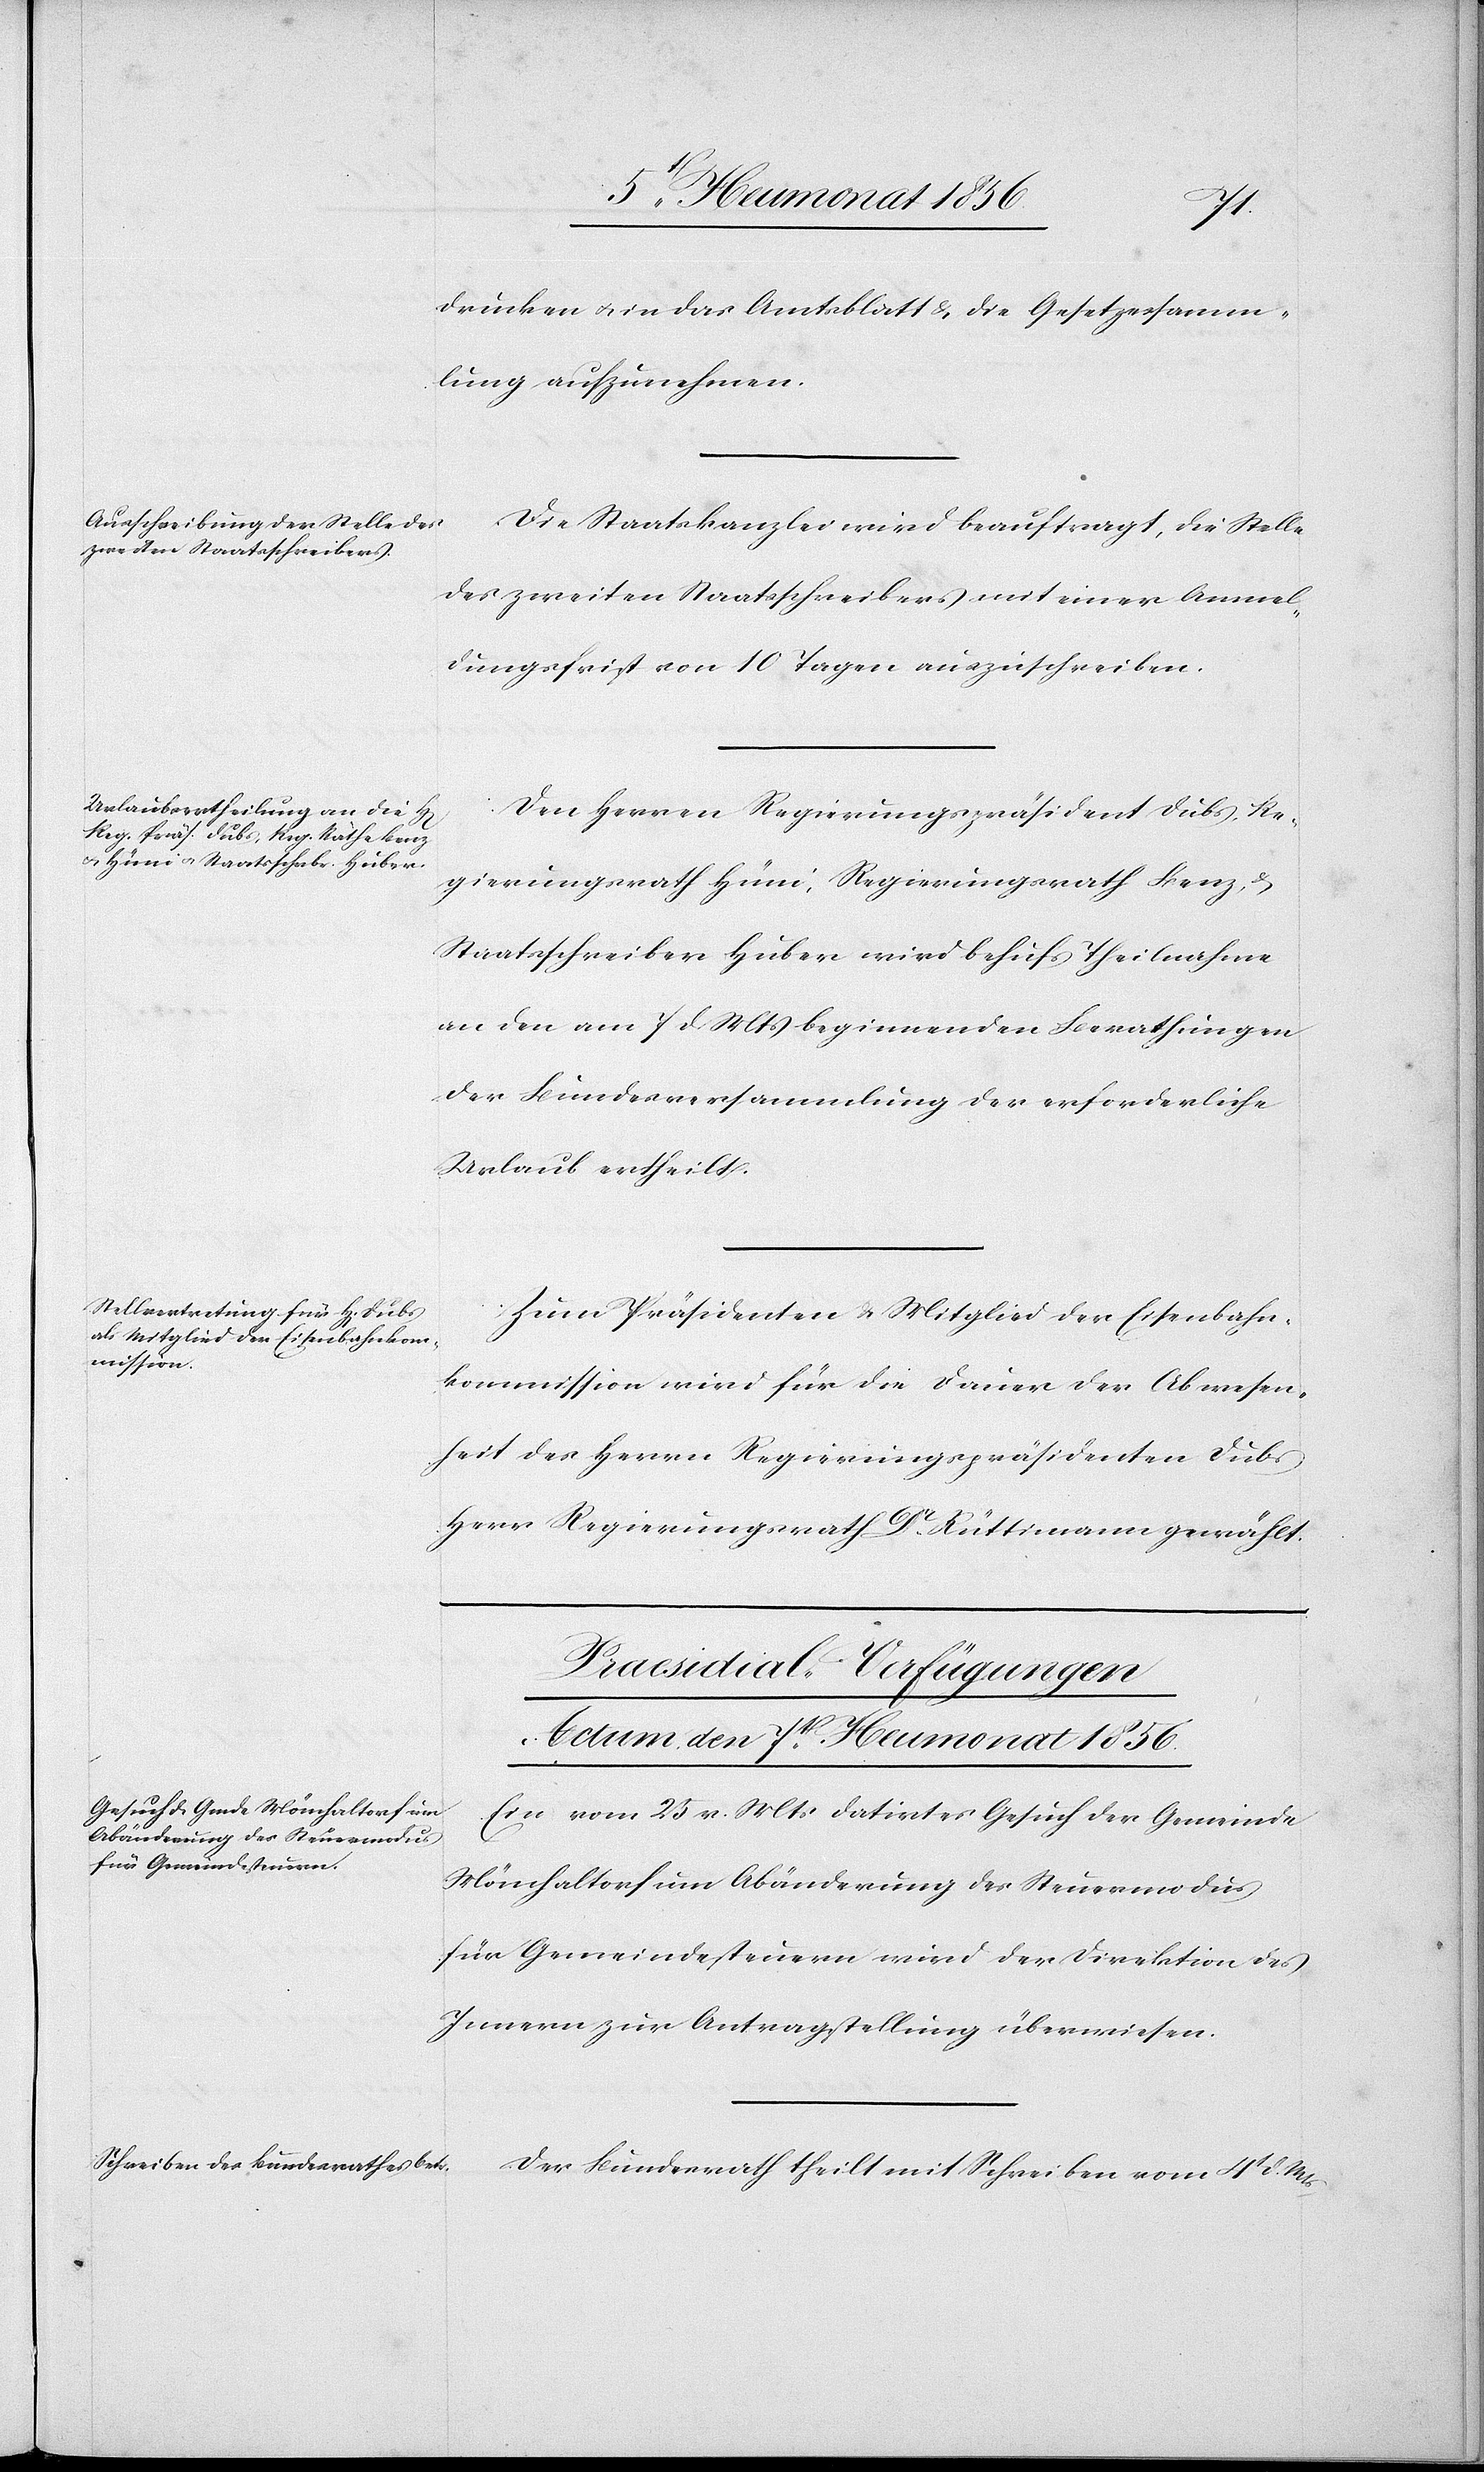
drucken u. in das Amtsblatt & die Gesetzessamm¬
lung aufzunehmen.
Die Staatskanzlei wird beauftragt, die Stelle
des zweiten Staatsschreibers mit einer Anmel¬
dungsfrist von 10 Tagen auszuschreiben.
Den Herren Regierungspräsident Dubs, Re¬
gierungsrath Hüni, Regierungsrath Benz,
Staatsschreiber Huber wird behufs Theilnahme
an den am 7 d. Mts beginnenden Berathungen
der Bundesversammlung der erforderliche
Urlaub ertheilt.
Zum Präsidenten & Mitglied der Eisenbahn¬
kommission wird für die Dauer der Abwesen¬
heit des Herrn Regierungspräsidenten Dubs
Herr Regierungsrath Dr Rüttimann gewählt.
[Praesidial-Verfügungen
Actum, den 7t Heumonat 1856.]
Ein vom 25 v. Mts datirtes Gesuch der Gemeinde
Mönchaltorf um Abänderung des Steuermodus
für Gemeindesteuern wird der Direktion des
Innern zur Antragstellung überwiesen.
Der Bundesrath theilt mit Schreiben vom 4t d. Mts